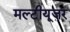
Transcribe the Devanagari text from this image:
मल्टीयूजर